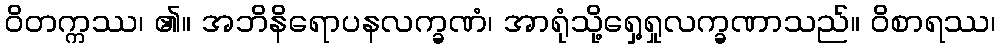
ဝိတက္ကဿ၊ ၏။ အဘိနိရောပနလက္ခဏံ၊ အာရုံသို့ရှေ့ရှုလက္ခဏာသည်။ ဝိစာရဿ၊